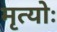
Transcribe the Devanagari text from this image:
मृत्योः